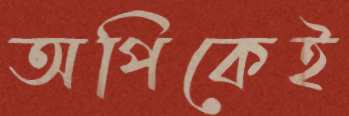
অপিকেই